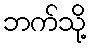
ဘက်သို့